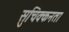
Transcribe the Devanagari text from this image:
सुचिक्कनता